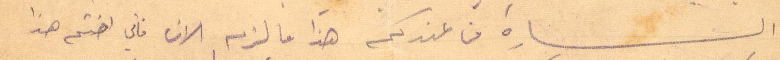
السارة من عندكم هذا ما لزم الان فاني اختم هذا